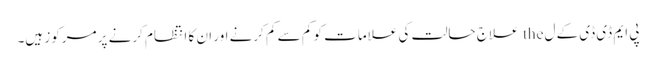
پی ایم ڈی ڈی کے ل the علاج حالت کی علامات کو کم سے کم کرنے اور ان کا انتظام کرنے پر مرکوز ہیں۔